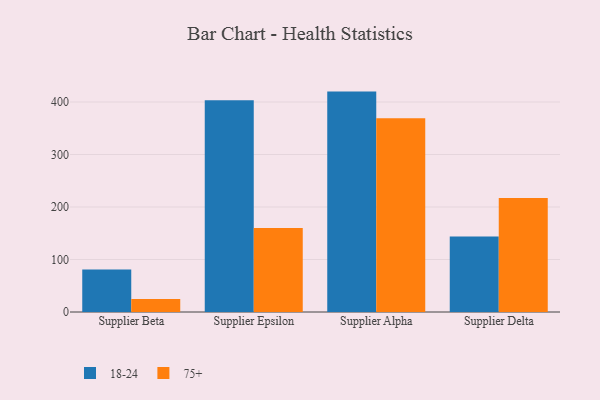
{"axis": {"x": "Supplier", "y": "Production Output"}, "legend": ["18-24", "75+"], "data": [{"x": "Supplier Beta", "y": 80.8, "type": "18-24"}, {"x": "Supplier Beta", "y": 24.7, "type": "75+"}, {"x": "Supplier Epsilon", "y": 403.4, "type": "18-24"}, {"x": "Supplier Epsilon", "y": 160.2, "type": "75+"}, {"x": "Supplier Alpha", "y": 419.8, "type": "18-24"}, {"x": "Supplier Alpha", "y": 368.9, "type": "75+"}, {"x": "Supplier Delta", "y": 143.7, "type": "18-24"}, {"x": "Supplier Delta", "y": 217.3, "type": "75+"}]}